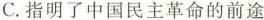
C. 指明了中国民主革命的前途